Report of the Indian Hemp Drugs Commission, 1894-1895 - Volume VI
Year: 1894
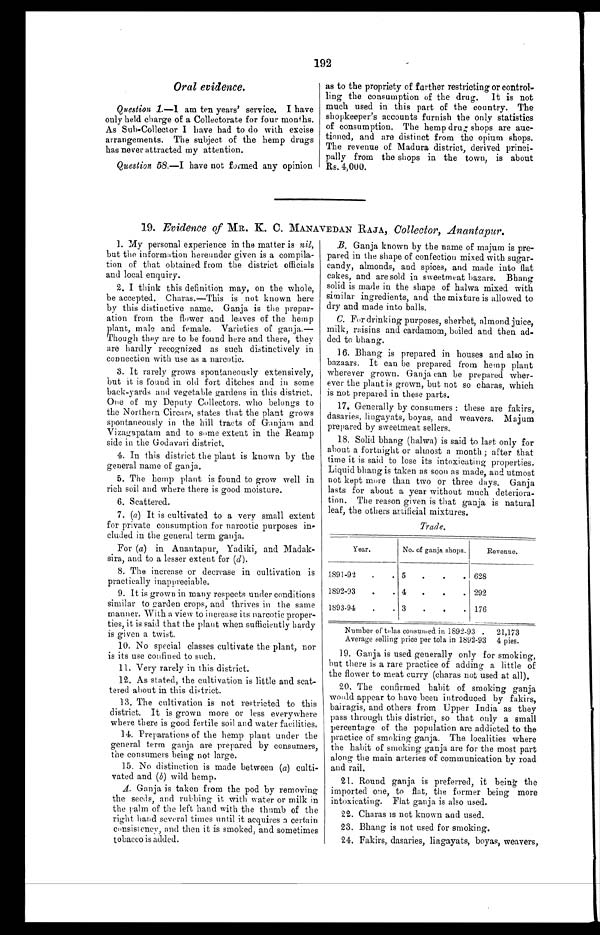
Year.
No. of ganja shops.
Revenue.
1891-92 . . .
5 . . . 628
1892-93 . . .
4 . . . 292
1893-94 . . .
3 . . . 176
Number of tolas consumed in 1892-93 .
21,173
Average selling price per tola in 1892-93 4 pies.
19. Ganja is used generally only for smoking,
b u t t h e r e i s a r a r e p r a c t i c e o f a d d i n g a l i t t l e o f
the flower to meat curry (charas not used at all).
20. The confirmed habit of smoking ganja
would appear to have been introduced by fakirs,
bairagis, and others from Upper India as they
pass through this district, so that only a small
percentage of the population are addicted to the
practice of smoking ganja, The localities where
the habit of smoking ganja are for the most part
along the main arteries of communication by road
and rail.
21. Round ganja is preferred, it being the
imported one, to flat, the former being more
intoxicating. Flat ganja is also used.
2 2 . C h a r a s i s n o t k n o w n a n d u s e d .
2 3 . B h a n g i s n o t u s e d f o r s m o k i n g .
.
24. Fakirs, dasaries, lingayats, boyas, weavers,
192
Oral evidence.
Question 1.—1 am ten years' service. I have
only held charge of a Collectorate for four months.
As Sub-Collector I have had to do with excise
arrangements. The subject of the hemp drugs
has never attracted my attention.
Question 58.—I have not formed any opinion
as to the propriety of further restricting or control-
- l i n g t h e c o n s u m p t i o n o f t h e d r u g . I t i s n o t
much used in this part of the country. The
shopkeeper's accounts furnish the only statistics
of consumption. The hemp drug shops are auc-
- t i o n e d , a n d a r e d i s t i n c t f r o m t h e o p i u m s h o p s .
The revenue of Madura district, derived princi--
pally from the shops in the town, is about
Rs. 4,000.
19. Evidence of MR. K. C. MANAVEDAN RAJA, Collector, Anantapur.
1. My personal experience in the matter is nil,
but the information hereunder given is a compil-a-
tion of that obtained from the district officials
and local enquiry.
2. I think this definition may, on the whole,
be accepted. Charas.—This is not known here
by this distinctive name. Ganja is the prepar--
ation from the flower and leaves of the hemp
plant, male and female. Varieties of ganja.— -
Though they are to be found here and there, they
are hardly recognized as such distinctively in
connection with use as a narcotic.
3. It rarely grows spontaneously extensively,
but it is found in old fort ditches and in some
back-yards and vegetable gardens in this district.
One of my Deputy Collectors, who belongs to
the Northern Circars, states that the plant grows
spontaneously in the hill tracts of Ganjam and
Vizagapatam and to some extent in the Reamp
side in the Godavari district.
4. In this district the plant is known by the
general name of ganja.
5. The hemp plant is found to grow well in
rich soil and where there is good moisture.
6 . S c a t t e r e d .
7. (a) It is cultivated to a very small extent
for private consumption for narcotic purposes in--
cluded in the general term ganja.
For (a) in Anantapur, Yadiki, and Madak
- s i r a , a n d t o a l e s s e r e x t e n t f o r (d
) .
8. The increase or decrease in cultivation is
practically inappreciable.
9. It is grown in many respects under conditions
similar to garden crops, and thrives in the same
manner. With a view to increase its narcotic proper--
ties, it is said that the plant when sufficiently hardy
is given a twist.
10. No special classes cultivate the plant, nor
is its use confined to such.
11. Very rarely in this district.
12. As stated, the cultivation is little and scat
-tered about in this district.
13. The cultivation is not restricted to this
district. It is grown more or less everywhere
where there is good fertile soil and water facilities,
14. Preparations of the hemp plant under the
general term ganja are prepared by consumers,
the consumers being not large.
15. No distinction is made between (a) culti
-vated and (b) wild hemp.
A . Ganja is taken from the pod by removing
the seeds, and rubbing it with water or milk in
the palm of the left hand with the thumb of the
right hand several times until it acquires a certain
consistency, and then it is smoked, and sometimes
tobacco is added.
B. Ganja known by the name of majum is pre
-pared in the shape of confection mixed with sugar-
candy, almonds, and spices, and made into flat
cakes, and are sold in sweetmeat bazars. Bhang
solid is made in the shape of halwa mixed with
similar ingredients, and the mixture is allowed to
dry and made into balls.
C. For drinking purposes, sherbet, almond juice,
milk, raisins and cardamom, boiled and then ad-
ded to bhang.
16. Bhang is prepared in houses and also in
bazaars. It can be prepared from hemp plant
wherever grown. Ganja can be prepared wher
- e v e r t h e p l a n t i s g r o w n , b u t n o t s o c h a r a s , w h i c h
is not prepared in these parts.
17. Generally by consumers : these are fakirs,
dasaries, lingayats, boyas, and weavers. Majum
prepared by sweetmeat sellers.
1 8 . S o l i d b h a n g ( h a l w a ) i s s a i d t o l a s t o n l y f o r
about a fortnight or almost a month ; after that
time it is said to lose its intoxicating properties.
Liquid bhang is taken as soon as made, and utmost
not kept more than two or three days. Ganja
lasts for about a year without much deteriora--
tion. The reason given is that ganja is natural
leaf, the others artificial mixtures.
Trade.